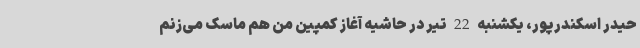
حیدر اسکندرپور، یکشنبه 22 تیر در حاشیه آغاز کمپین من هم ماسک می‌زنم